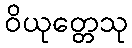
ဝိယုတ္တေသု